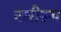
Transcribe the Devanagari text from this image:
नारीरूप